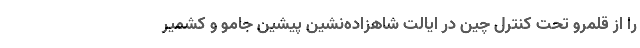
را از قلمرو تحت کنترل چین در ایالت شاهزاده‌نشین پیشین جامو و کشمیر